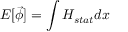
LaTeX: { \cal E } [ \vec { \phi } ] = \int { \cal H } _ { s t a t } d x